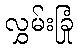
လွှမ်းခြုံ